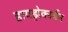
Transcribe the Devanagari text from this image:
हायड्रोकार्बन